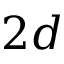
2 d